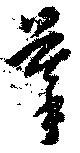
摹